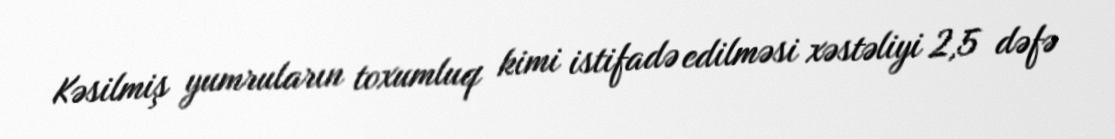
Kəsilmiş yumruların toxumluq kimi istifadə edilməsi xəstəliyi 2,5 dəfə